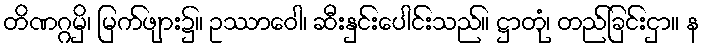
တိဏဂ္ဂမှိ၊ မြက်ဖျား၌။ ဥဿာဝေါ၊ ဆီးနှင်းပေါင်းသည်။ ဋ္ဌာတုံ၊ တည်ခြင်းငှာ။ န